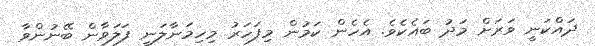
ދައްކަނީ ވަރަށް މަދު ބައެކެެވެ. އެހެން ކަމުން މިފަހަރު މިހިމަނާލަނީ ފަލަވާން ބޭނުންވާ